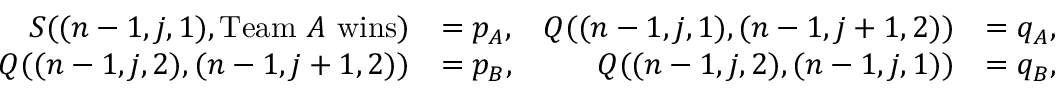
\begin{array} { r l r l } { S ( ( n - 1 , j , 1 ) , \mathrm { T e a m ~ } A \mathrm { ~ w i n s } ) } & { = p _ { A } , } & { Q ( ( n - 1 , j , 1 ) , ( n - 1 , j + 1 , 2 ) ) } & { = q _ { A } , } \\ { Q ( ( n - 1 , j , 2 ) , ( n - 1 , j + 1 , 2 ) ) } & { = p _ { B } , } & { Q ( ( n - 1 , j , 2 ) , ( n - 1 , j , 1 ) ) } & { = q _ { B } , } \end{array}